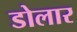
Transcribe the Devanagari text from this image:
डोलार